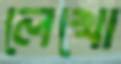
লেখো